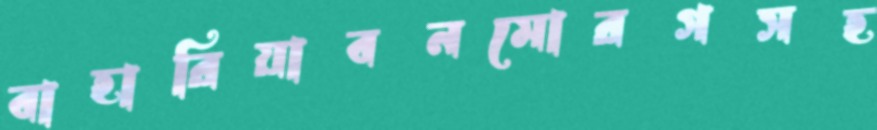
বাহারিয়াবনমোরগসহ